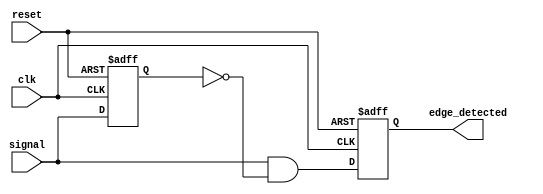
module rising_edge_detector (
    input wire clk,            // Clock input
    input wire reset,          // Asynchronous reset signal
    input wire signal,         // Input signal to detect rising edges
    output reg edge_detected   // Output signal that goes high on rising edge
);

    reg previous_signal; // Register to store previous state of the signal

    always @(posedge clk or posedge reset) begin
        if (reset) begin
            previous_signal <= 1'b0; // Reset previous signal to 0
            edge_detected <= 1'b0;    // Reset edge_detected to 0
        end else begin
            edge_detected <= (signal && ~previous_signal); // Detect rising edge
            previous_signal <= signal; // Update previous signal state
        end
    end

endmodule